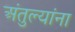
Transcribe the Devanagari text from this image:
अंतुल्यांना